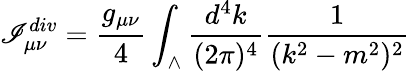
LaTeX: \mathscr{I}_{\mu\nu}^{div}={\frac{{g_{\mu\nu}}}{{4}}}\int_{\wedge}{\frac{{d^{4}k}}{{(2\pi)^{4}}}}{\frac{{1}}{{(k^{2}-m^{2})^{2}}}}